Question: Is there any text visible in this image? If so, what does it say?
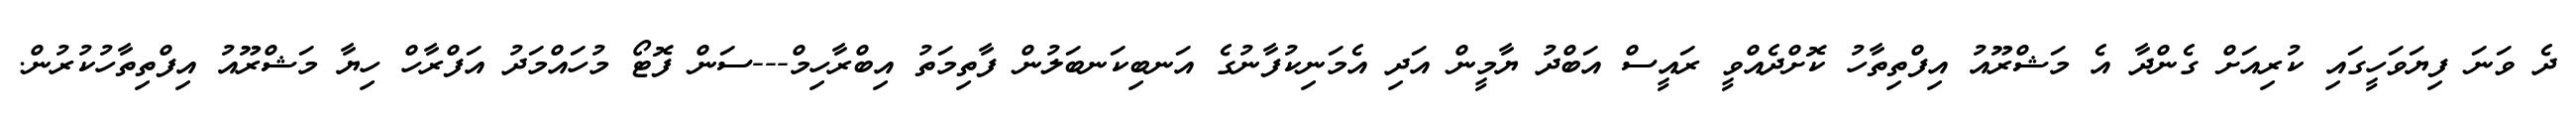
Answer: ދެ ވަނަ ފިޔަވަހީގައި ކުރިއަށް ގެންދާ އެ މަޝްރޫއު އިފްތިތާހު ކޮށްދެއްވީ ރައީސް އަބްދު ޔާމީން އަދި އެމަނިކުފާނުގެ އަނބިކަނބަލުން ފާތިމަތު އިބްރާހިމް---ސަން ފޮޓޯ މުހައްމަދު އަފްރާހް ހިޔާ މަޝްރޫއު އިފްތިތާހުކުރުން.